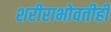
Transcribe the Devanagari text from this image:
शरीराभोवतीही